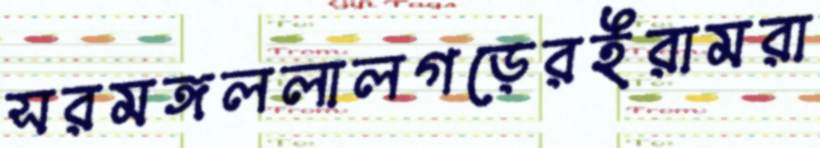
সরমঙ্গললালগড়েরইরামরা